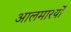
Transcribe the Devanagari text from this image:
आलमारयों